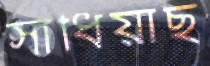
সাধিয়াছ